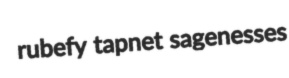
rubefy tapnet sagenesses